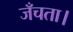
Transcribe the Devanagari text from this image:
जँचता।